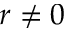
r \neq 0